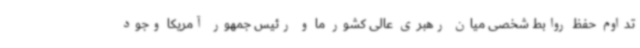
تداوم حفظ روابط شخصی میان رهبری عالی کشور ما و رئیس جمهور آمریکا وجود